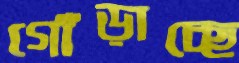
গোঁড়াচ্ছে